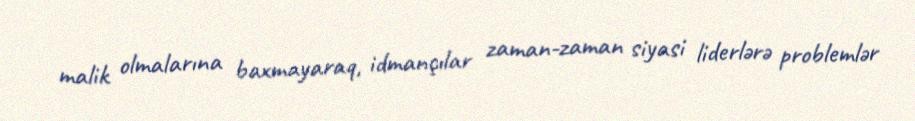
malik olmalarına baxmayaraq, idmançılar zaman-zaman siyasi liderlərə problemlər